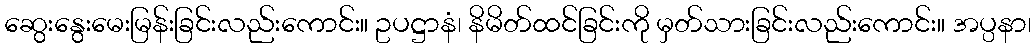
ဆွေးနွေးမေးမြန်းခြင်းလည်းကောင်း။ ဥပဋ္ဌာနံ၊ နိမိတ်ထင်ခြင်းကို မှတ်သားခြင်းလည်းကောင်း။ အပ္ပနာ၊